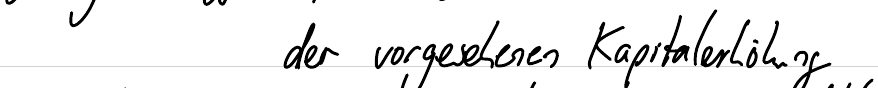
der vorgesehenen Kapitalerhöhung